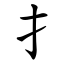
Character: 扌